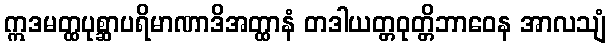
ဣဒမတ္ထပုစ္ဆာပရိမာဏာဒိအတ္ထာနံ တဒါယတ္တဝုတ္တိဘာဝေန အာလသျံ